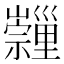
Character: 𡿂